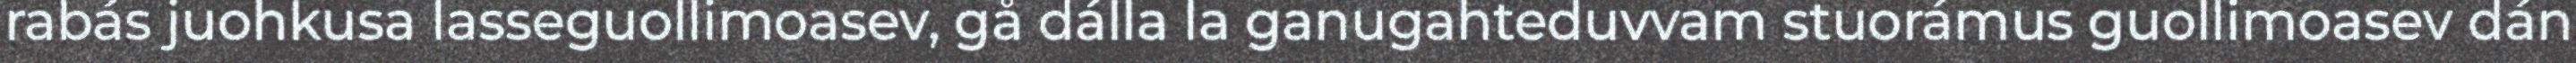
rabás juohkusa lasseguollimoasev, gå dálla la ganugahteduvvam stuorámus guollimoasev dán